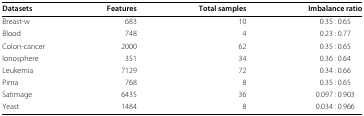
<table><thead><tr><td><b>Datasets</b></td><td><b>Features</b></td><td><b>Total samples</b></td><td><b>Imbalance ratio</b></td></tr></thead><tbody><tr><td>Breast-w</td><td>683</td><td>10</td><td>0.35 : 0.65</td></tr><tr><td>Blood</td><td>748</td><td>4</td><td>0.23 : 0.77</td></tr><tr><td>Colon-cancer</td><td>2000</td><td>62</td><td>0.35 : 0.65</td></tr><tr><td>Ionosphere</td><td>351</td><td>34</td><td>0.36 : 0.64</td></tr><tr><td>Leukemia</td><td>7129</td><td>72</td><td>0.34 : 0.66</td></tr><tr><td>Pima</td><td>768</td><td>8</td><td>0.35 : 0.65</td></tr><tr><td>Satimage</td><td>6435</td><td>36</td><td>0.097 : 0.903</td></tr><tr><td>Yeast</td><td>1484</td><td>8</td><td>0.034 : 0.966</td></tr></tbody></table>